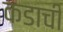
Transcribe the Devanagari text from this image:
कडाची